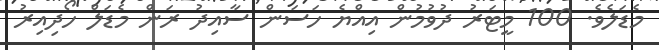
މެޑަލެވެ. 100 މީޓަރު ދުވުމުން އިއްޔެ ހަސަން ސާއިދު ރަން މެޑަލް ހޯދިއިރު